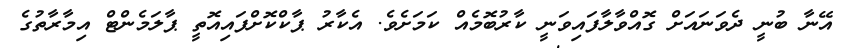
އޭނާ ބުނީ ދެވަނައަށް ގޮއްވާލާފައިވަނީ ކާރުބޮމެއް ކަމަށެވެ. އެކާރު ޕާކްކޮށްފައިއޮތީ ޕާލަމެންޓް އިމާރާތުގެ